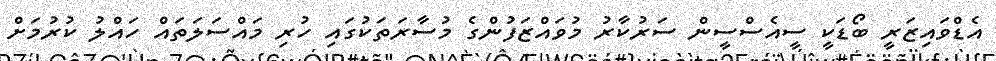
އެޑްވައިޒަރީ ބޯޑަކީ ސީއެސްސީން ސަރުކާރު މުވައްޒަފުންގެ މުސާރަތަކުގައި ހުރި މައްސަލަތައް ހައްލު ކުރުމަށް